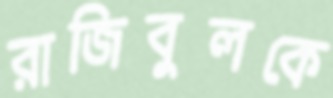
রাজিবুলকে